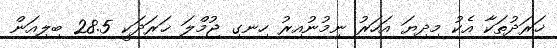
ޚަރަދުތަކާ އެކު މިދިޔަ އަހަރު ނިމުނުއިރު ހިނގި ޖުމްލަ ޚަރަދަކީ 28.5 ބިލިއަން